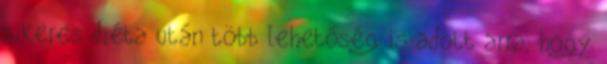
sikeres diéta után több lehetőség is adott arra, hogy